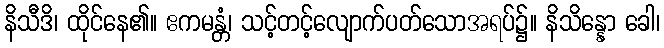
နိသီဒိ၊ ထိုင်နေ၏။ ဧကမန္တံ၊ သင့်တင့်လျောက်ပတ်သောအရပ်၌။ နိသိန္နော ခေါ၊